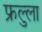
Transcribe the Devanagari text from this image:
फ्रुल्ला